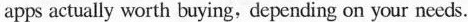
apps actually wwrth buying, tepentling on yrur neeck